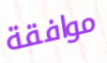
موافقة